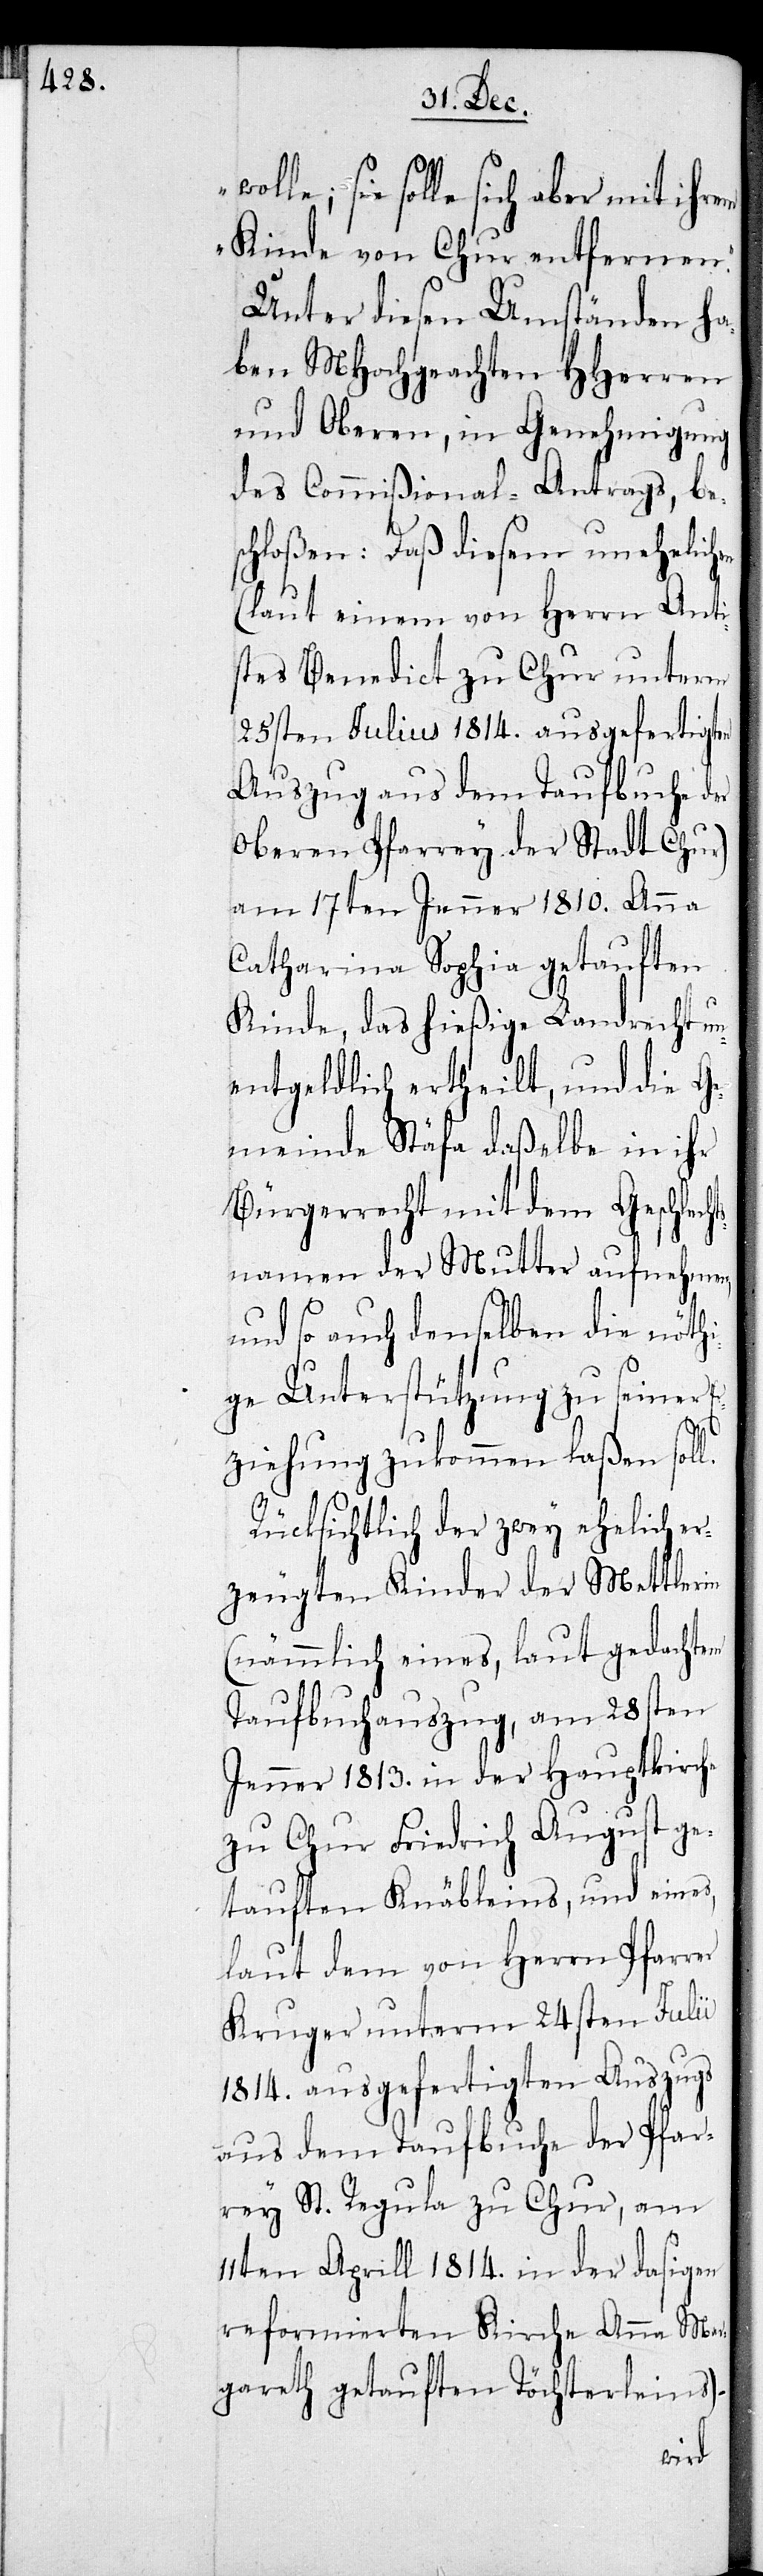
sie solle sich aber mit ihrem
Kinde von Chur entfernen.“
Unter diesen Umständen ha¬
ben MHochgeachten HHerren
und Oberen, in Genehmigung
des Commißional-Antrags, be¬
schloßen, daß diesem unehelich¬
(laut einem von Herrn Anti¬
stes Benedikt zu Chur unterm
25sten Julius 1814. angefertigten
Auszug aus dem Taufbuch der
oberen Pfarrey der Stadt Chur)
am 17ten Jenner 1810. Anna
Catharina Sophia getauften
Kinde, das hießige Landrecht un¬
entgeldlich ertheilt, und die Ge¬
meinde Stäfa daßelbe in ihr
Bürgerrecht mit dem Geschlech¬
tsnamen der Mutter aufnehmen,
und so auch denselben die nöth¬
ige Unterstützung zu seiner E¬
l.
ziehung zukommen laßen sol¬
Rücksichtlich der zwey eheliche e¬
rzeugten Kinder der Mettlerin
(nämlich eines, laut gedachtem
Taufbuchauszug, am 28sten
Jenner 1813. in der Hauptkirche
zu Chur Friedrich August ge¬
tauften Knäbleins, und eines,
laut dem von Herrn Pfarrer
Kruger unterm 24sten Julii
1814. ausgefertigten Auszugs
aus dem Taufbuche der Pfar¬
rey St. Regula zu Chur, am
11ten Aprill 1814. in der dasigen
reformierten Kirche Anna Mar¬
gareth getauften Töchterlein)